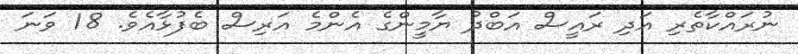
ނުރައްކާތެރި އަދި ރައީސް އަބްދު ޔާމީންގެ އެންމެ އަރިސް ބެފުޅާއެެވެ. 18 ވަނަ